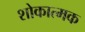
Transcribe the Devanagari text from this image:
शोकात्मक